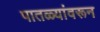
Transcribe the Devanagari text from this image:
पातळ्यांवरून